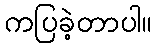
ကပြခဲ့တာပါ။